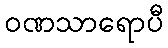
ဝဏသာရောပီ